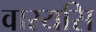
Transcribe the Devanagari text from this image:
वारयसि